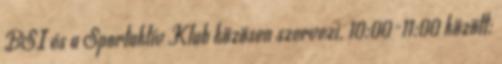
BSI és a Sportaktív Klub közösen szervezi. 10:00-11:00 között: